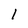
Character: 1